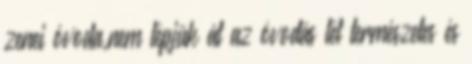
zenei óvoda,nem lépjük át az óvodás lét természetes és